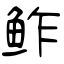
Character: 鲊